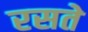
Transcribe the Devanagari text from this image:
रसते